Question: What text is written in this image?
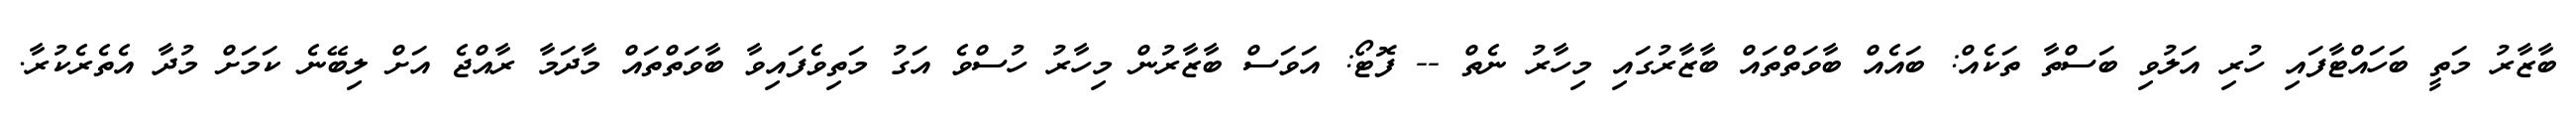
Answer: ބާޒާރު މަތީ ބަހައްޓާފައި ހުރި އަލުވި ބަސްތާ ތަކެއް: ބައެއް ބާވަތްތައް ބާޒާރުގައި މިހާރު ނެތް -- ފޮޓޯ: އަވަސް ބާޒާރުން މިހާރު ހުސްވެ އަގު މަތިވެފައިވާ ބާވަތްތައް މާދަމާ ރާއްޖެ އަށް ލިބޭނެ ކަމަށް މުދާ އެތެރެކުރާ.